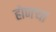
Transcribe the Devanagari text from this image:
होणऱ्या